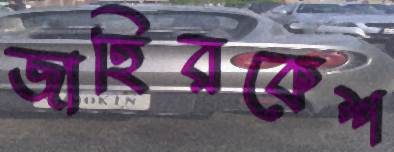
জাহিরকেশ